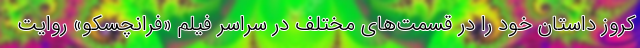
کروز داستان خود را در قسمت‌های مختلف در سراسر فیلم «فرانچسکو» روایت